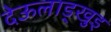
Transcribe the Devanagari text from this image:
देऊलाड्खुइ